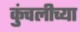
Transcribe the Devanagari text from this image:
कुंचलीच्या